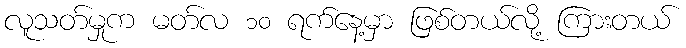
လူသတ်မှုက မတ်လ ၁၀ ရက်နေ့မှာ ဖြစ်တယ်လို့ ကြားတယ်